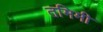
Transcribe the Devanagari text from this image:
तमिमी